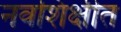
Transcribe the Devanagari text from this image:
नवशिक्षीत